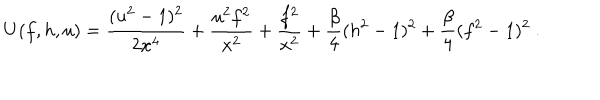
U ( f , h , u ) = \frac { ( u ^ { 2 } - 1 ) ^ { 2 } } { 2 x ^ { 4 } } + \frac { u ^ { 2 } f ^ { 2 } } { x ^ { 2 } } + \frac { f ^ { 2 } } { x ^ { 2 } } + \frac \beta 4 ( h ^ { 2 } - 1 ) ^ { 2 } + \frac \beta 4 ( f ^ { 2 } - 1 ) ^ { 2 } \ .